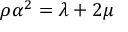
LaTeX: \rho \alpha ^ { 2 } = \lambda + 2 \mu